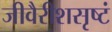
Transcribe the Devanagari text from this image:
जीवैरीशसृष्टं